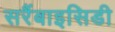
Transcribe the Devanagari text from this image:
सरैंबाइसिडी